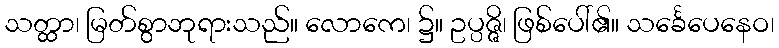
သတ္ထာ၊ မြတ်စွာဘုရားသည်။ လောကေ၊ ၌။ ဥပ္ပဇ္ဇိ၊ ဖြစ်ပေါ်၏။ သင်္ခေပေနေဝ၊